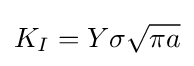
K_{I}=Y\sigma {\sqrt {\pi a}}